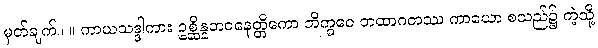
မှတ်ချက်။ ။ ကာယသဒ္ဒါကား ဥစ္ဆိန္နဘဝနေတ္တိကော ဘိက္ခဝေ တထာဂတဿ ကာယော စသည်၌ ကဲ့သို့